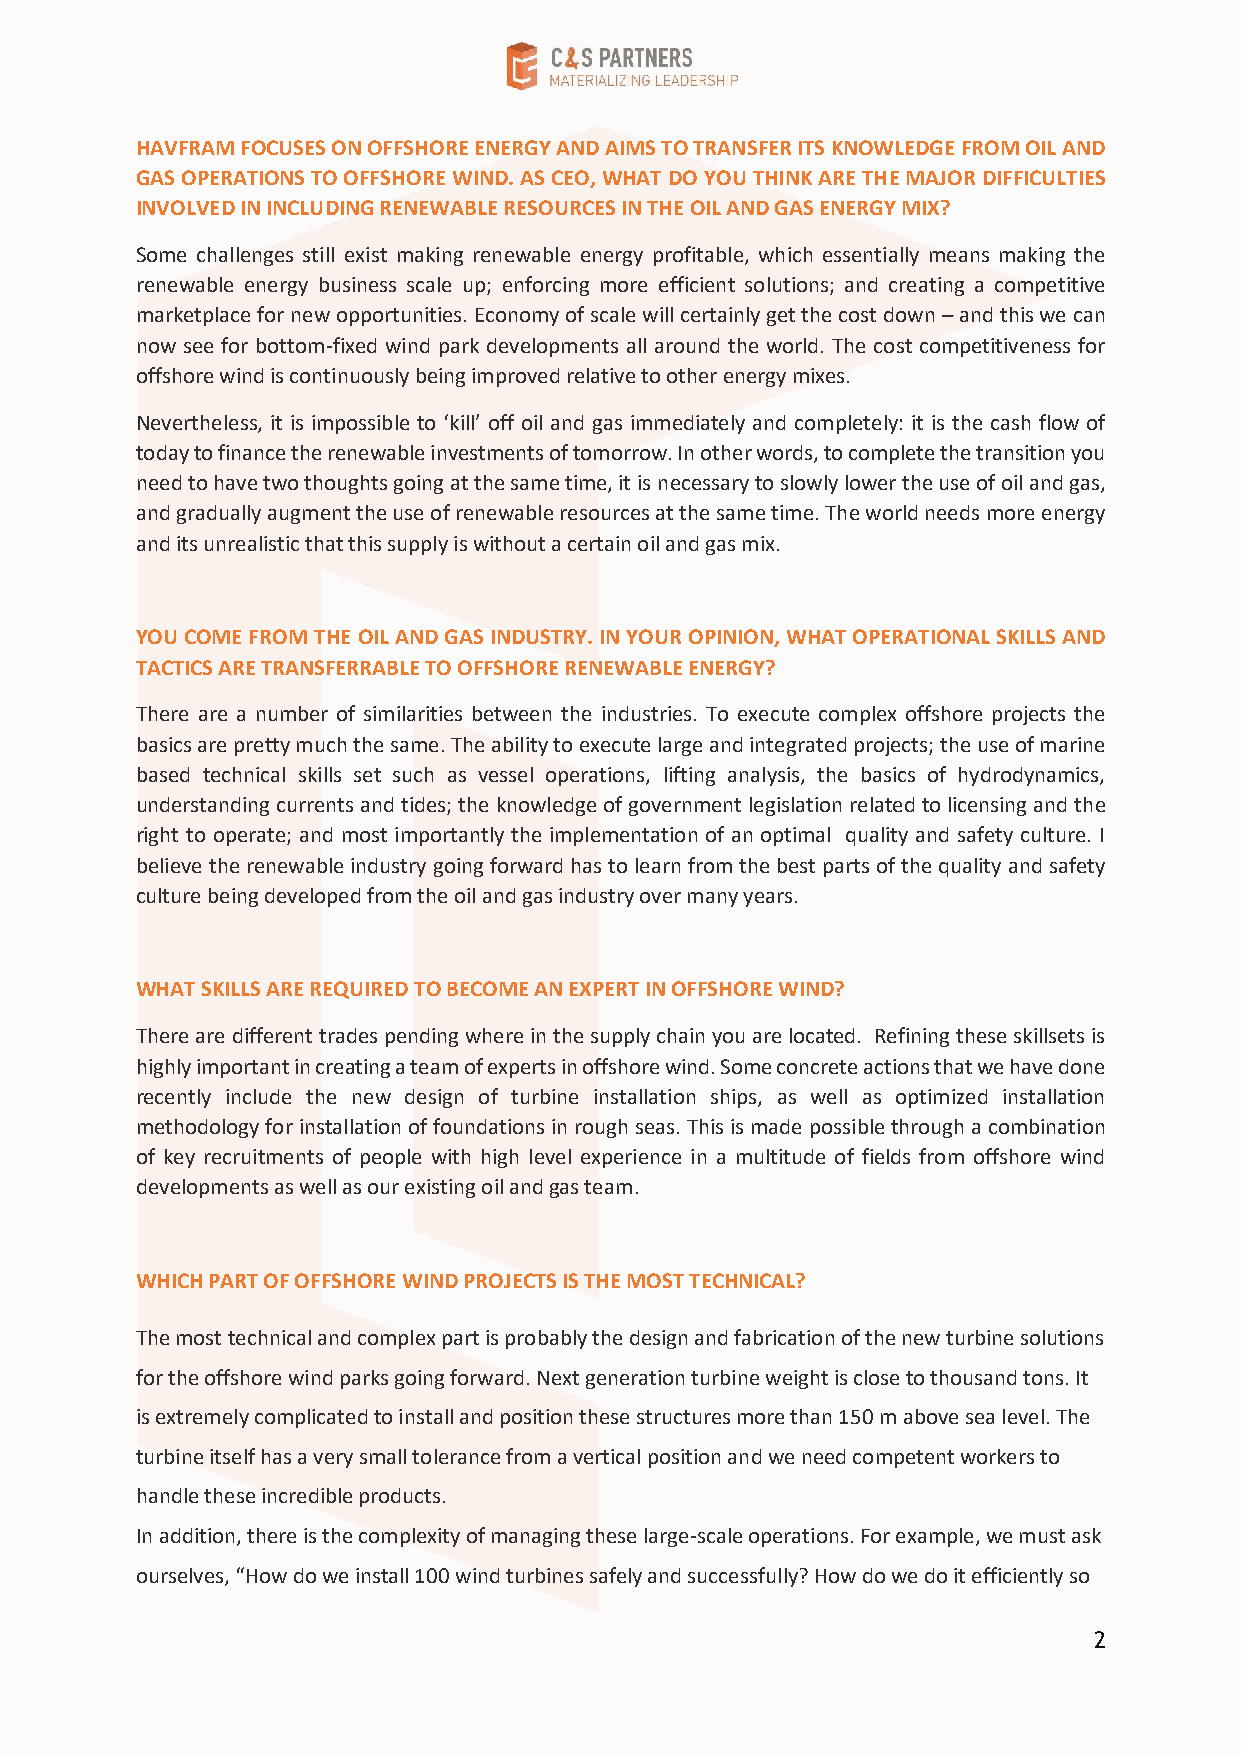
HAVFRAM FOCUSES ON OFFSHORE ENERGY AND AIMS TO TRANSFER ITS KNOWLEDGE FROM OIL AND
 GAS OPERATIONS TO OFFSHORE WIND. AS CEO, WHAT DO YOU THINK ARE THE MAJOR DIFFICULTIES
 INVOLVED IN INCLUDING RENEWABLE RESOURCES IN THE OIL AND GAS ENERGY MIX?
 Some challenges still exist making renewable energy profitable, which essentially means making the
 renewable energy business scale up; enforcing more efficient solutions; and creating a competitive
 marketplace for new opportunities. Economy of scale will certainly get the cost down – and this we can
 now see for bottom-fixed wind park developments all around the world. The cost competitiveness for
 offshore wind is continuously being improved relative to other energy mixes.
 Nevertheless, it is impossible to ‘kill’ off oil and gas immediately and completely: it is the cash flow of
 today to finance the renewable investments of tomorrow. In other words, to complete the transition you
 need to have two thoughts going at the same time, it is necessary to slowly lower the use of oil and gas,
 and gradually augment the use of renewable resources at the same time. The world needs more energy
 and its unrealistic that this supply is without a certain oil and gas mix.
 YOU COME FROM THE OIL AND GAS INDUSTRY. IN YOUR OPINION, WHAT OPERATIONAL SKILLS AND
 TACTICS ARE TRANSFERRABLE TO OFFSHORE RENEWABLE ENERGY?
 There are a number of similarities between the industries. To execute complex offshore projects the
 basics are pretty much the same. The ability to execute large and integrated projects; the use of marine
 based technical skills set such as vessel operations, lifting analysis, the basics of hydrodynamics,
 understanding currents and tides; the knowledge of government legislation related to licensing and the
 right to operate; and most importantly the implementation of an optimal quality and safety culture. I
 believe the renewable industry going forward has to learn from the best parts of the quality and safety
 culture being developed from the oil and gas industry over many years.
 WHAT SKILLS ARE REQUIRED TO BECOME AN EXPERT IN OFFSHORE WIND?
 There are different trades pending where in the supply chain you are located. Refining these skillsets is
 highly important in creating a team of experts in offshore wind. Some concrete actions that we have done
 recently include the new design of turbine installation ships, as well as optimized installation
 methodology for installation of foundations in rough seas. This is made possible through a combination
 of key recruitments of people with high level experience in a multitude of fields from offshore wind
 developments as well as our existing oil and gas team.
 WHICH PART OF OFFSHORE WIND PROJECTS IS THE MOST TECHNICAL?
 The most technical and complex part is probably the design and fabrication of the new turbine solutions
 for the offshore wind parks going forward. Next generation turbine weight is close to thousand tons. It
 is extremely complicated to install and position these structures more than 150 m above sea level. The
 turbine itself has a very small tolerance from a vertical position and we need competent workers to
 handle these incredible products.
 In addition, there is the complexity of managing these large-scale operations. For example, we must ask
 ourselves, “How do we install 100 wind turbines safely and successfully? How do we do it efficiently so
 2